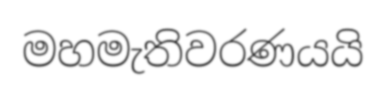
මහමැතිවරණයයි